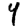
Digit: 4